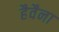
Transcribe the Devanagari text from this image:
हैवैना